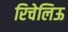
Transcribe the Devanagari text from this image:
रिचेलिऊ